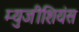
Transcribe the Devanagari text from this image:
म्युजीशियंस